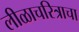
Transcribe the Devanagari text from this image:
लीळाचरित्राचा